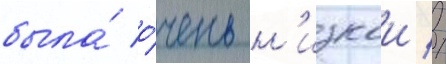
была́ о́чень н'изкои //